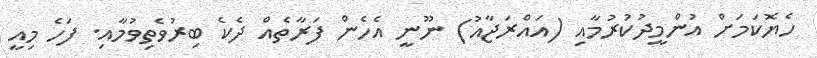
ހެޔޮކަމަށް އުންމީދުކުރުމާއި (އައްރަޖާއު) ނޫނީ އެހެން ފަރާތެއް ދެކެ ބިރުވެތިވުމާއި. ފަހެ މިއީ